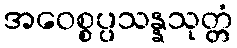
အဝေစ္စပ္ပသန္နသုတ္တံ